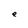
Character: e